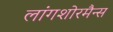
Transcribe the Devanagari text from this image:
लांगशोरमैन्स